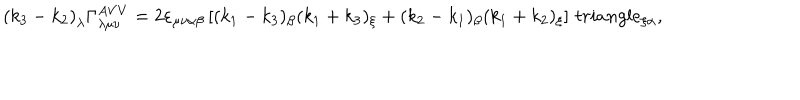
\left( k _ { 3 } - k _ { 2 } \right) _ { \lambda } \Gamma _ { \lambda \mu \nu } ^ { A V V } = 2 \varepsilon _ { \mu \nu \alpha \beta } \left[ ( k _ { 1 } - k _ { 3 } ) _ { \beta } ( k _ { 1 } + k _ { 3 } ) _ { \xi } + ( k _ { 2 } - k _ { 1 } ) _ { \beta } ( k _ { 1 } + k _ { 2 } ) _ { \xi } \right] \, t r i a n g l e _ { \xi \alpha } ,